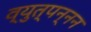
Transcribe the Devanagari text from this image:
व्युत्पन्नन